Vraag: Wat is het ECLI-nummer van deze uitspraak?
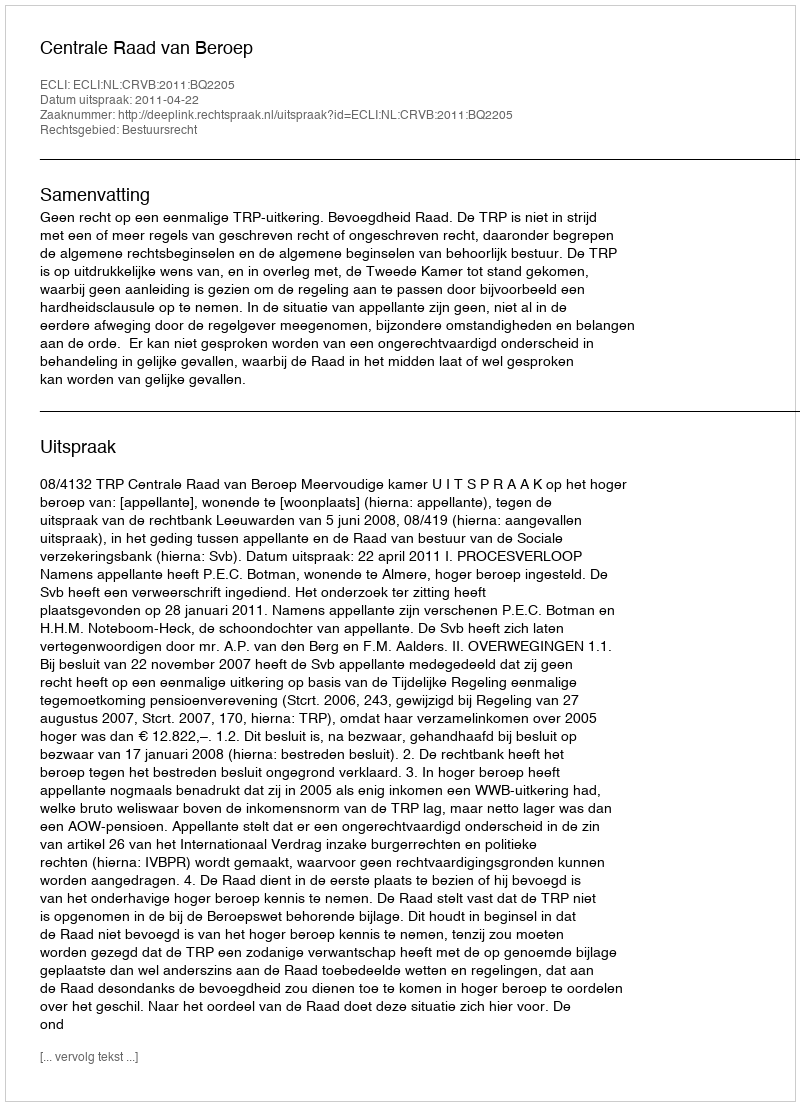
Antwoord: ECLI:NL:CRVB:2011:BQ2205